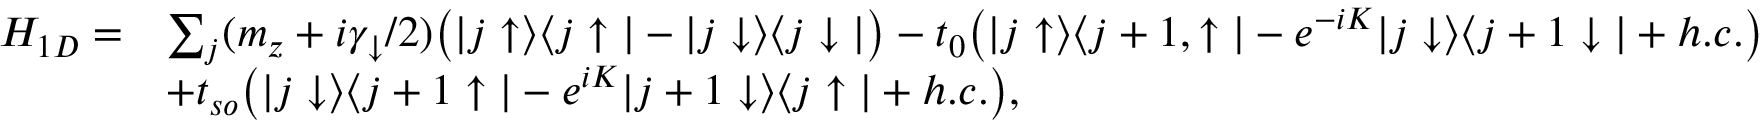
\begin{array} { r l } { H _ { 1 D } = } & { \sum _ { j } ( m _ { z } + i \gamma _ { \downarrow } / 2 ) \bigr ( | j \uparrow \rangle \langle j \uparrow | - | j \downarrow \rangle \langle j \downarrow | \bigr ) - t _ { 0 } \bigr ( | j \uparrow \rangle \langle j + 1 , \uparrow | - e ^ { - i K } | j \downarrow \rangle \langle j + 1 \downarrow | + h . c . \bigr ) } \\ & { + t _ { s o } \bigr ( | j \downarrow \rangle \langle j + 1 \uparrow | - e ^ { i K } | j + 1 \downarrow \rangle \langle j \uparrow | + h . c . \bigr ) , } \end{array}